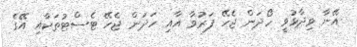
އޭނާ ވިދާޅުވީ ހޯދަން ޖެހޭ ފަރުވާ އާއި ހަދަން ޖެހޭ ޓެސްޓުތަކާއި އޭގެ